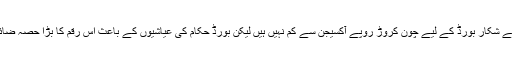
مالی بحران کے شکار بورڈ کے لیے چون کروڑ روپے آکسیجن سے کم نہیں ہیں لیکن بورڈ حکام کی عیاشیوں کے باعث اس رقم کا بڑا حصہ ضائع ہوجائے گا۔